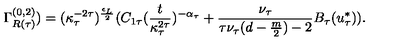
\Gamma _ { R ( \tau ) } ^ { ( 0 , 2 ) } ) = ( \kappa _ { \tau } ^ { - 2 \tau } ) ^ { \frac { \epsilon _ { L } } { 2 } } ( C _ { 1 \tau } ( \frac { t } { \kappa _ { \tau } ^ { 2 \tau } } ) ^ { - \alpha _ { \tau } } + \frac { \nu _ { \tau } } { \tau \nu _ { \tau } ( d - \frac { m } { 2 } ) - 2 } B _ { \tau } ( u _ { \tau } ^ { * } ) ) .